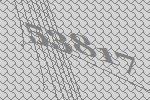
53817